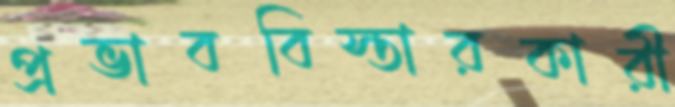
প্রভাববিস্তারকারী